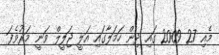
މެއި 27 2009 ގައި ދިން ހަމަލާގައި އަލީ ޖަލީލް ވަނީ މަރުވެފަ